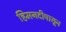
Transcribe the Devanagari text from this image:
हिमनदीपासून